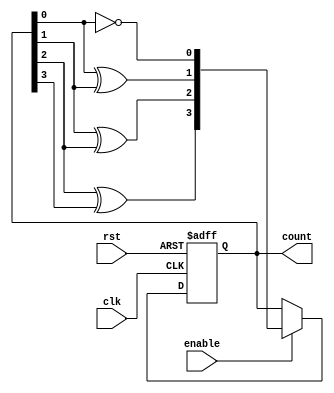
module johnson_counter (
    input wire clk,
    input wire rst,
    input wire enable,
    output reg [3:0] count
);

reg [3:0] next_count;

always @ (posedge clk or posedge rst) begin
    if (rst) begin
        count <= 4'b0000;
    end else begin
        if (enable) begin
            count <= next_count;
        end
    end
end

always @ (*) begin
    next_count[0] = ~count[0];
    next_count[1] = count[0] ^ count[1];
    next_count[2] = count[1] ^ count[2];
    next_count[3] = count[2] ^ count[3];
end

endmodule